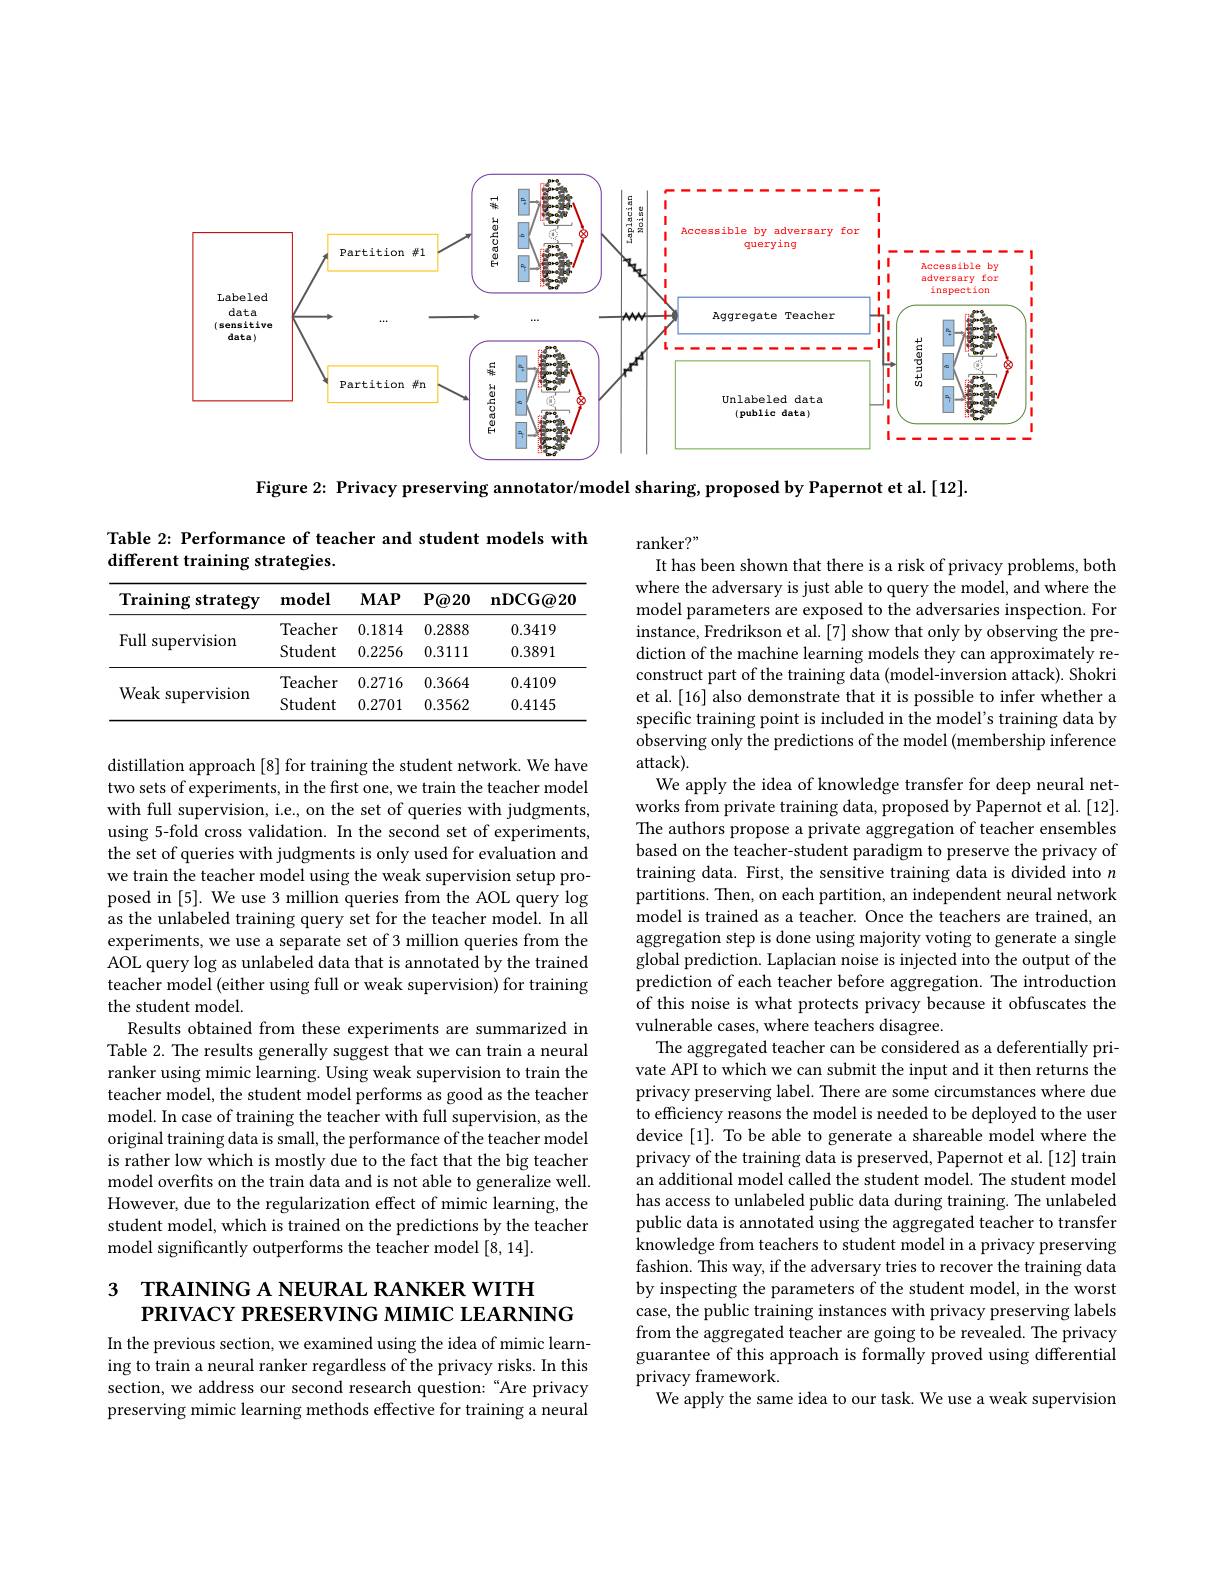
<FigureHere>

Figure 2: Privacy preserving annotator/model sharing, proposed by Papernot et al. [12].

Table 2: Performance of teacher and student models with
different training strategies.

<table>
	<tbody>
		<tr>
			<th>$\mathbf{Training}$ $s$ strategy</th>
			<th>${\mathbf{model}}$</th>
			<th>$MAP$</th>
			<th>$P@20$</th>
			<th>$\mathbf{nDCG@20}$</th>
		</tr>
		<tr>
			<td rowspan="2">Full l supervision</td>
			<td>Teacher</td>
			<td>0.1814</td>
			<td>0.2888</td>
			<td>0.3419</td>
		</tr>
		<tr>
			<td>Student</td>
			<td>0.2256</td>
			<td>0.3111</td>
			<td>0.3891</td>
		</tr>
		<tr>
			<td rowspan="2">Weak supervision</td>
			<td>Teacher</td>
			<td>0.2716</td>
			<td>0.3664</td>
			<td>0.4109</td>
		</tr>
		<tr>
			<td>Student</td>
			<td>0.2701</td>
			<td>0.3562</td>
			<td>0.4145</td>
		</tr>
	</tbody>
</table>

ranker?"
It has been shown that there is a risk of privacy problems, both where the adversary is just able to query the model, and where the model parameters are exposed to the adversaries inspection. For instance, Fredrikson et al. [7] show that only by observing the prediction of the machine learning models they can approximately reconstruct part of the training data (model-inversion attack). Shokri et al.[16] also demonstrate that it is possible to infer whether a specific training point is included in the model's training data by observing only the predictions of the model (membership inference $attack).$
We apply the idea of knowledge transfer for deep neural networks from private training data, proposed by Papernot et al. [12]. The authors propose a private aggregation of teacher ensembles based on the teacher-student paradigm to preserve the privacy of training data. First, the sensitive training data is divided into $n$ partitions. Then, on each partition, an independent neural network model is trained as a teacher. Once the teachers are trained, an aggregation step is done using majority voting to generate a single global prediction. Laplacian noise is injected into the output of the prediction of each teacher before aggregation. The introduction of this noise is what protects privacy because it obfuscates the vulnerable cases, where teachers disagree.
The aggregated teacher can be considered as a deferentially private API to which we can submit the input and it then returns the privacy preserving label. There are some circumstances where due to efficiency reasons the model is needed to be deployed to the user device [1]. To be able to generate a shareable model where the privacy of the training data is preserved, Papernot et al. [12] train an additional model called the student model. The student model has access to unlabeled public data during training. The unlabeled public data is annotated using the aggregated teacher to transfer knowledge from teachers to student model in a privacy preserving fashion. This way, if the adversary tries to recover the training data by inspecting the parameters of the student model, in the worst case, the public training instances with privacy preserving labels from the aggregated teacher are going to be revealed. The privacy guarantee of this approach is formally proved using differential privacy framework.
We apply the same idea to our task. We use a weak supervision

distillation approach [8] for training the student network. We have two sets of experiments, in the first one, we train the teacher model with full supervision, i.e., on the set of queries with judgments, using 5-fold cross validation. In the second set of experiments, the set of queries with judgments is only used for evaluation and we train the teacher model using the weak supervision setup proposed in [5]. We use 3 million queries from the AOL query log as the unlabeled training query set for the teacher model. In all experiments, we use a separate set of 3 million queries from the AOL query log as unlabeled data that is annotated by the trained teacher model (either using full or weak supervision) for training the student model.
Results obtained from these experiments are summarized in Table 2. The results generally suggest that we can train a neural ranker using mimic learning. Using weak supervision to train the teacher model, the student model performs as good as the teacher model. In case of training the teacher with full supervision, as the original training data is small, the performance of the teacher model is rather low which is mostly due to the fact that the big teacher model overfits on the train data and is not able to generalize well. However, due to the regularization effect of mimic learning, the student model, which is trained on the predictions by the teacher model significantly outperforms the teacher model [8,14].

# 3 TRAINING A NEURAL RANKER WITH $PRIVACYPRESERVINGMIMICLEARNING$

In the previous section, we examined using the idea of mimic learning to train a neural ranker regardless of the privacy risks. In this section, we address our second research question: “Are privacy preserving mimic learning methods effective for training a neural